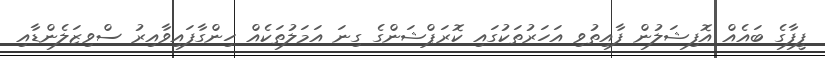
ފީފާގެ ބައެއް އޮފިޝަލުން ފާއިތުވި އަހަރުތަކުގައި ކޮރަޕްޝަންގެ ގިނަ އަމަލުތަކެއް ހިންގާފައިވާއިރު ސްވިޒަލެންޑާއި